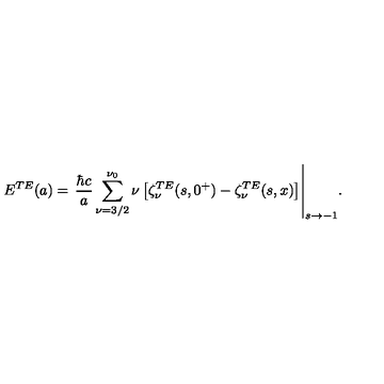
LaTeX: \displaystyle { E ^ { T E } ( a ) = \left. \frac { \hbar c } { a } \sum _ { \nu = 3 / 2 } ^ { \nu _ { 0 } } \nu \left[ \zeta _ { \nu } ^ { T E } ( s , 0 ^ { + } ) - \zeta _ { \nu } ^ { T E } ( s , x ) \right] \right| _ { s \rightarrow - 1 } } .